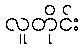
လူတိုင်း